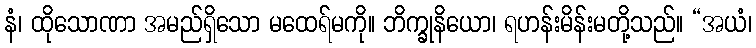
နံ၊ ထိုသောဏာ အမည်ရှိသော မထေရ်မကို။ ဘိက္ခုနိယော၊ ရဟန်းမိန်းမတို့သည်။ “အယံ၊